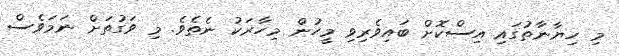
މި ހިޔާނާތުގައި އިސްކޮށް ބައިވެރިވި މީހުން މިހާރަކު ނެތެވެ. މި ވަގުތަށް ނަމަވެސް